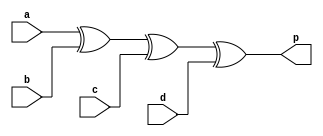
`timescale 1ns / 1ps

module PBG(
    input a, b, c, d,
    output p
    );
    
    assign p = a ^ b ^ c ^ d;
    
endmodule